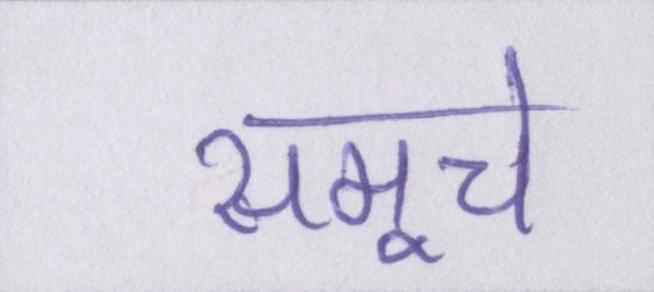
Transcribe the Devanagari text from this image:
समूचे